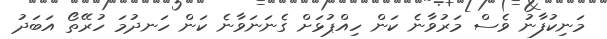
މަނިކުފާނު ވެސް މަރުވާނެ ކަން ހިއްޕުޅަށް ގެނަނަވާނެ ކަން ހަނދުމަ ހުރޭތޯ އަބަދު